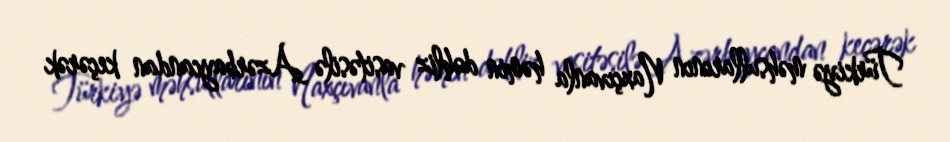
Türkiyə məhsullarının Naxçıvanla həmin dəhliz vasitəsilə Azərbaycandan keçərək